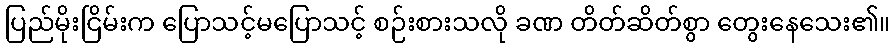
ပြည်မိုးငြိမ်းက ပြောသင့်မပြောသင့် စဉ်းစားသလို ခဏ တိတ်ဆိတ်စွာ တွေးနေသေး၏။